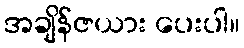
အချိန်ဇယား ပေးပါ။